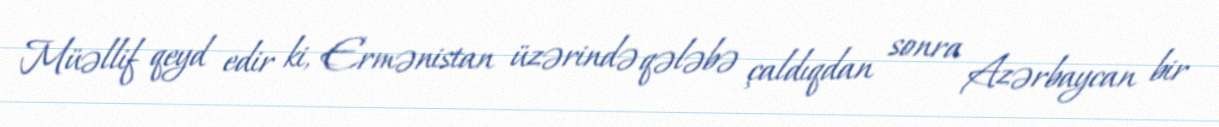
Müəllif qeyd edir ki, Ermənistan üzərində qələbə çaldıqdan sonra Azərbaycan bir